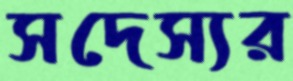
সদেস্যর